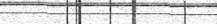
٥٢